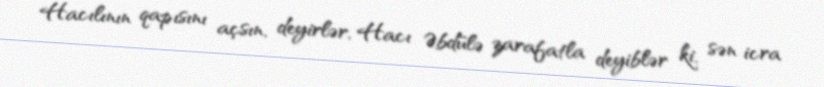
Hacılının qapısını açsın, deyirlər, Hacı Əbdülə zarafatla deyiblər ki, sən icra